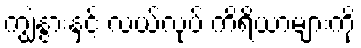
ကျွဲနွားနှင့် လယ်လုပ် ကိရိယာများကို